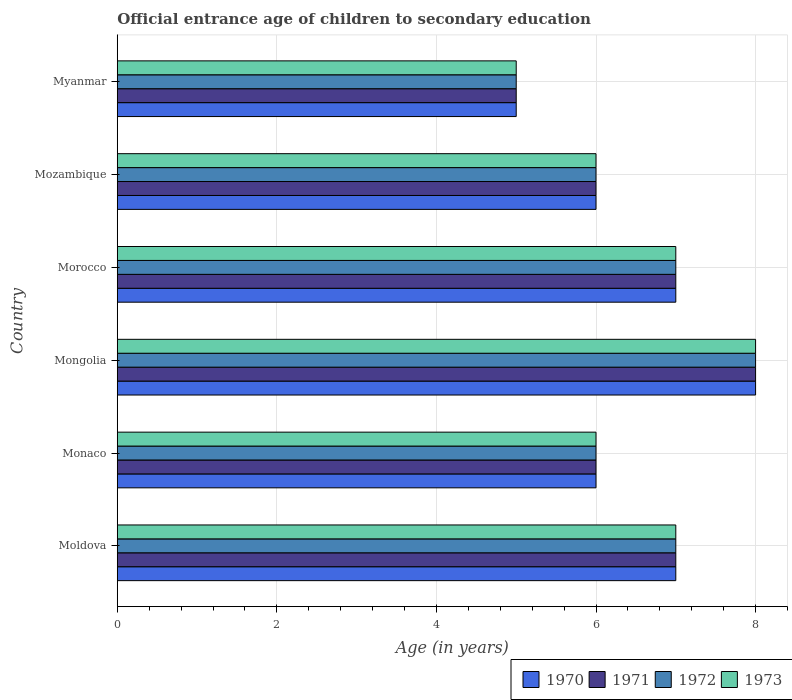
| Country | 1970 | 1971 | 1972 | 1973 |
 | --- | --- | --- | --- | --- |
 | Moldova | 7 | 7 | 7 | 7 |
 | Monaco | 6 | 6 | 6 | 6 |
 | Mongolia | 8 | 8 | 8 | 8 |
 | Morocco | 7 | 7 | 7 | 7 |
 | Mozambique | 6 | 6 | 6 | 6 |
 | Myanmar | 5 | 5 | 5 | 5 |